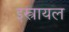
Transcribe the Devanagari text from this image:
इस्त्रायल